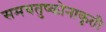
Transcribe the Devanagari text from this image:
समचतुष्कोनाकृती